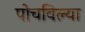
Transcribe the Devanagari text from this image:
पोचविल्या